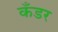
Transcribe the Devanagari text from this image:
कँडर